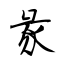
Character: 彖